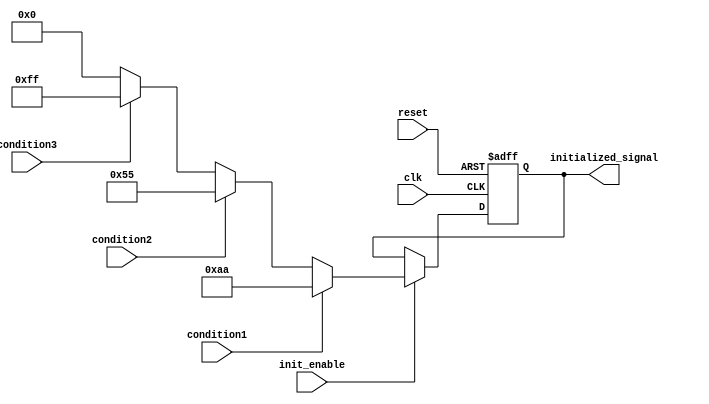
module conditional_initialization (
    input wire clk,                 // Clock signal
    input wire reset,               // Reset signal
    input wire init_enable,         // Control signal for initialization
    input wire condition1,          // Condition signal 1
    input wire condition2,          // Condition signal 2
    input wire condition3,          // Condition signal 3
    output reg [7:0] initialized_signal // Initialized output signal
);

    // Initialization values
    localparam INIT_VALUE_1 = 8'hAA; // Example initialization value for condition1
    localparam INIT_VALUE_2 = 8'h55; // Example initialization value for condition2
    localparam INIT_VALUE_3 = 8'hFF; // Example initialization value for condition3
    localparam DEFAULT_VALUE = 8'h00; // Default value if no conditions are met

    always @(posedge clk or posedge reset) begin
        if (reset) begin
            initialized_signal <= DEFAULT_VALUE; // Reset behavior
        end else if (init_enable) begin
            // Conditional initialization
            if (condition1) begin
                initialized_signal <= INIT_VALUE_1; // Set value based on condition1
            end else if (condition2) begin
                initialized_signal <= INIT_VALUE_2; // Set value based on condition2
            end else if (condition3) begin
                initialized_signal <= INIT_VALUE_3; // Set value based on condition3
            end else begin
                initialized_signal <= DEFAULT_VALUE; // Default value if no condition is met
            end
        end
    end

endmodule